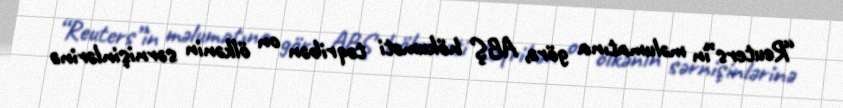
“Reuters”in məlumatına görə, ABŞ hökuməti təqribən on ölkənin sərnişinlərinə